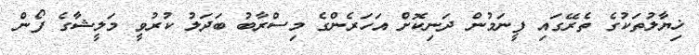
ޚިޔާލުތަކުގެ ތެރޭގައި ފީނަމުން ދަނިކޮށް އަހަރެންގެ މިސްރާބު ބަދަލު ކުރުވީ މަލީޝާގެ ފޯން